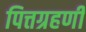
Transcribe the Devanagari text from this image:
पित्तग्रहणी